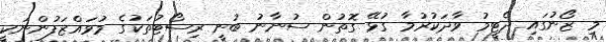
މި ޒޯނުގައި ދެޓީމު ވާދަކުރުމާ ގުޅޭ ގޮތުން ސުނާނު ބުނީ ރިސޯޓުތަކުގެ މުވައްޒަފުންނަކީ